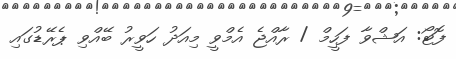
ފޮޓޯ: އަޝްވާ ފަހީމް / ރާއްޖެ އެމްވީ މިއަދު ހަވީރު ބޭއްވި ޕެރޭޑުގައި